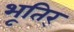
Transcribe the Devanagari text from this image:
भूतिर्